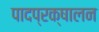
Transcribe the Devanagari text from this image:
पादप्रक्षालन